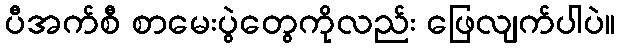
ပီအက်စီ စာမေးပွဲတွေကိုလည်း ဖြေလျက်ပါပဲ။